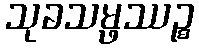
သုခသမ္ဖဿဉ္စ